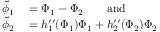
\begin{array} { r l } { \tilde { \phi } _ { 1 } } & { { } = \Phi _ { 1 } - \Phi _ { 2 } \qquad \mathrm { a n d } } \\ { \tilde { \phi } _ { 2 } } & { { } = h _ { 1 } ^ { \prime \prime } ( \Phi _ { 1 } ) \Phi _ { 1 } + h _ { 2 } ^ { \prime \prime } ( \Phi _ { 2 } ) \Phi _ { 2 } } \end{array}